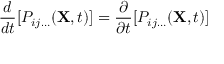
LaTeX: \ { \frac { d } { d t } } [ P _ { i j \ldots } ( \mathbf { X } , t ) ] = { \frac { \partial } { \partial t } } [ P _ { i j \ldots } ( \mathbf { X } , t ) ]